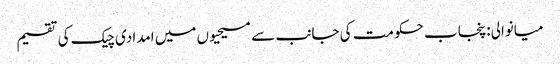
میانوالی: پنجاب حکومت کی جانب سے مسیحیوں میں امدادی چیک کی تقسیم